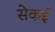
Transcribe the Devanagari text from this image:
सेकई